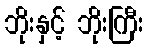
ဘိုးနှင့် ဘိုးကြီး